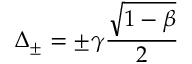
\Delta _ { \pm } = \pm \gamma \frac { \sqrt { 1 - \beta } } { 2 }